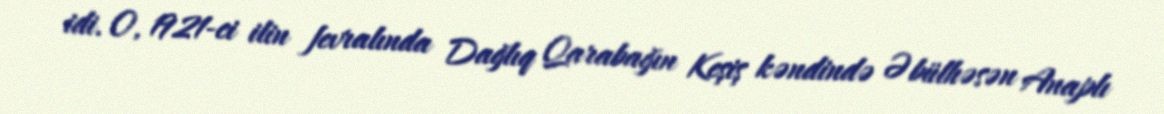
idi. O, 1921-ci ilin fevralında Dağlıq Qarabağın Keşiş kəndində Əbülhəsən Anaplı